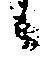
候